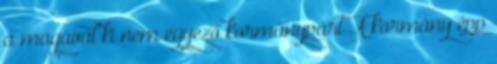
a magával ki nem egyező kormánypárt A kormány épp